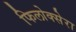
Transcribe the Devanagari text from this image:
फिलोक्सेरा